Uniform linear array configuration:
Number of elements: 8
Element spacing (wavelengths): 0.75
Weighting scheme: uniform
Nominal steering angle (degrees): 30
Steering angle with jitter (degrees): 29.363
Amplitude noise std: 0.05
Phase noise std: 0.05

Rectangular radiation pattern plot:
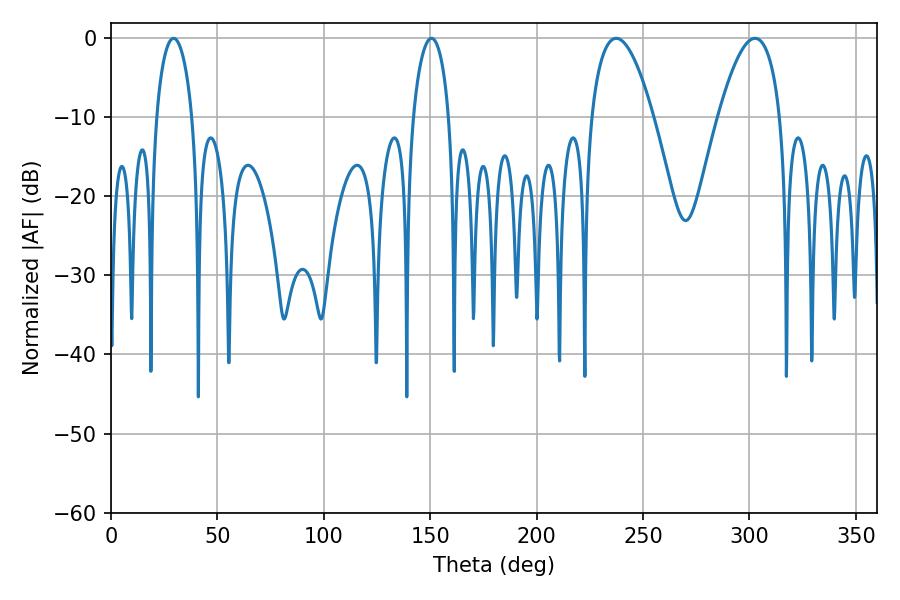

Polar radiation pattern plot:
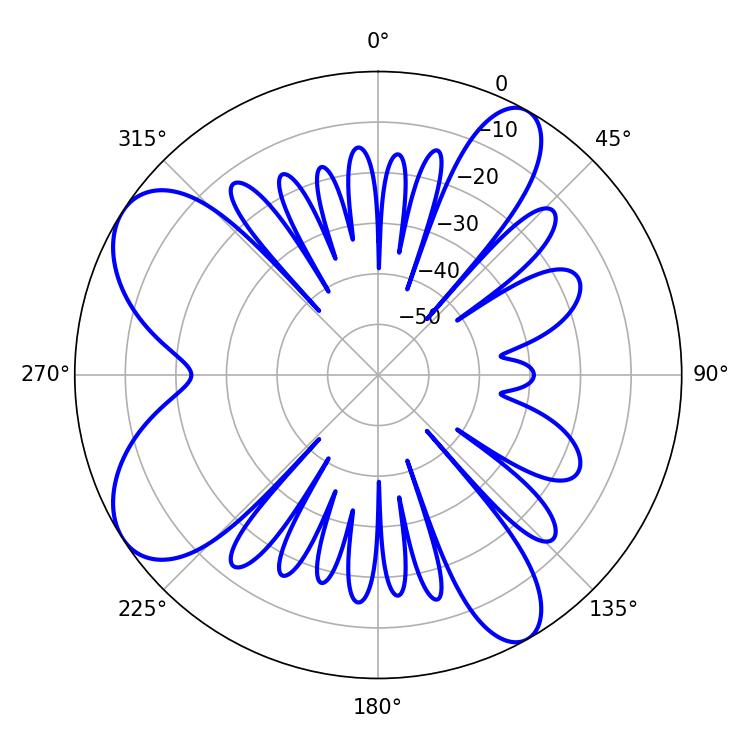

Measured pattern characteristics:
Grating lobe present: TRUE
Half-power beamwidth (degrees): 16.2
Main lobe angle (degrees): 237.42